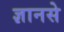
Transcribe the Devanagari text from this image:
ज्ञानसे